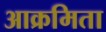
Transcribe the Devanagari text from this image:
आक्रमिता